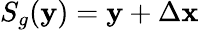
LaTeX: S_{g}(\mathbf{y})=\mathbf{y}+\Delta\mathbf{x}